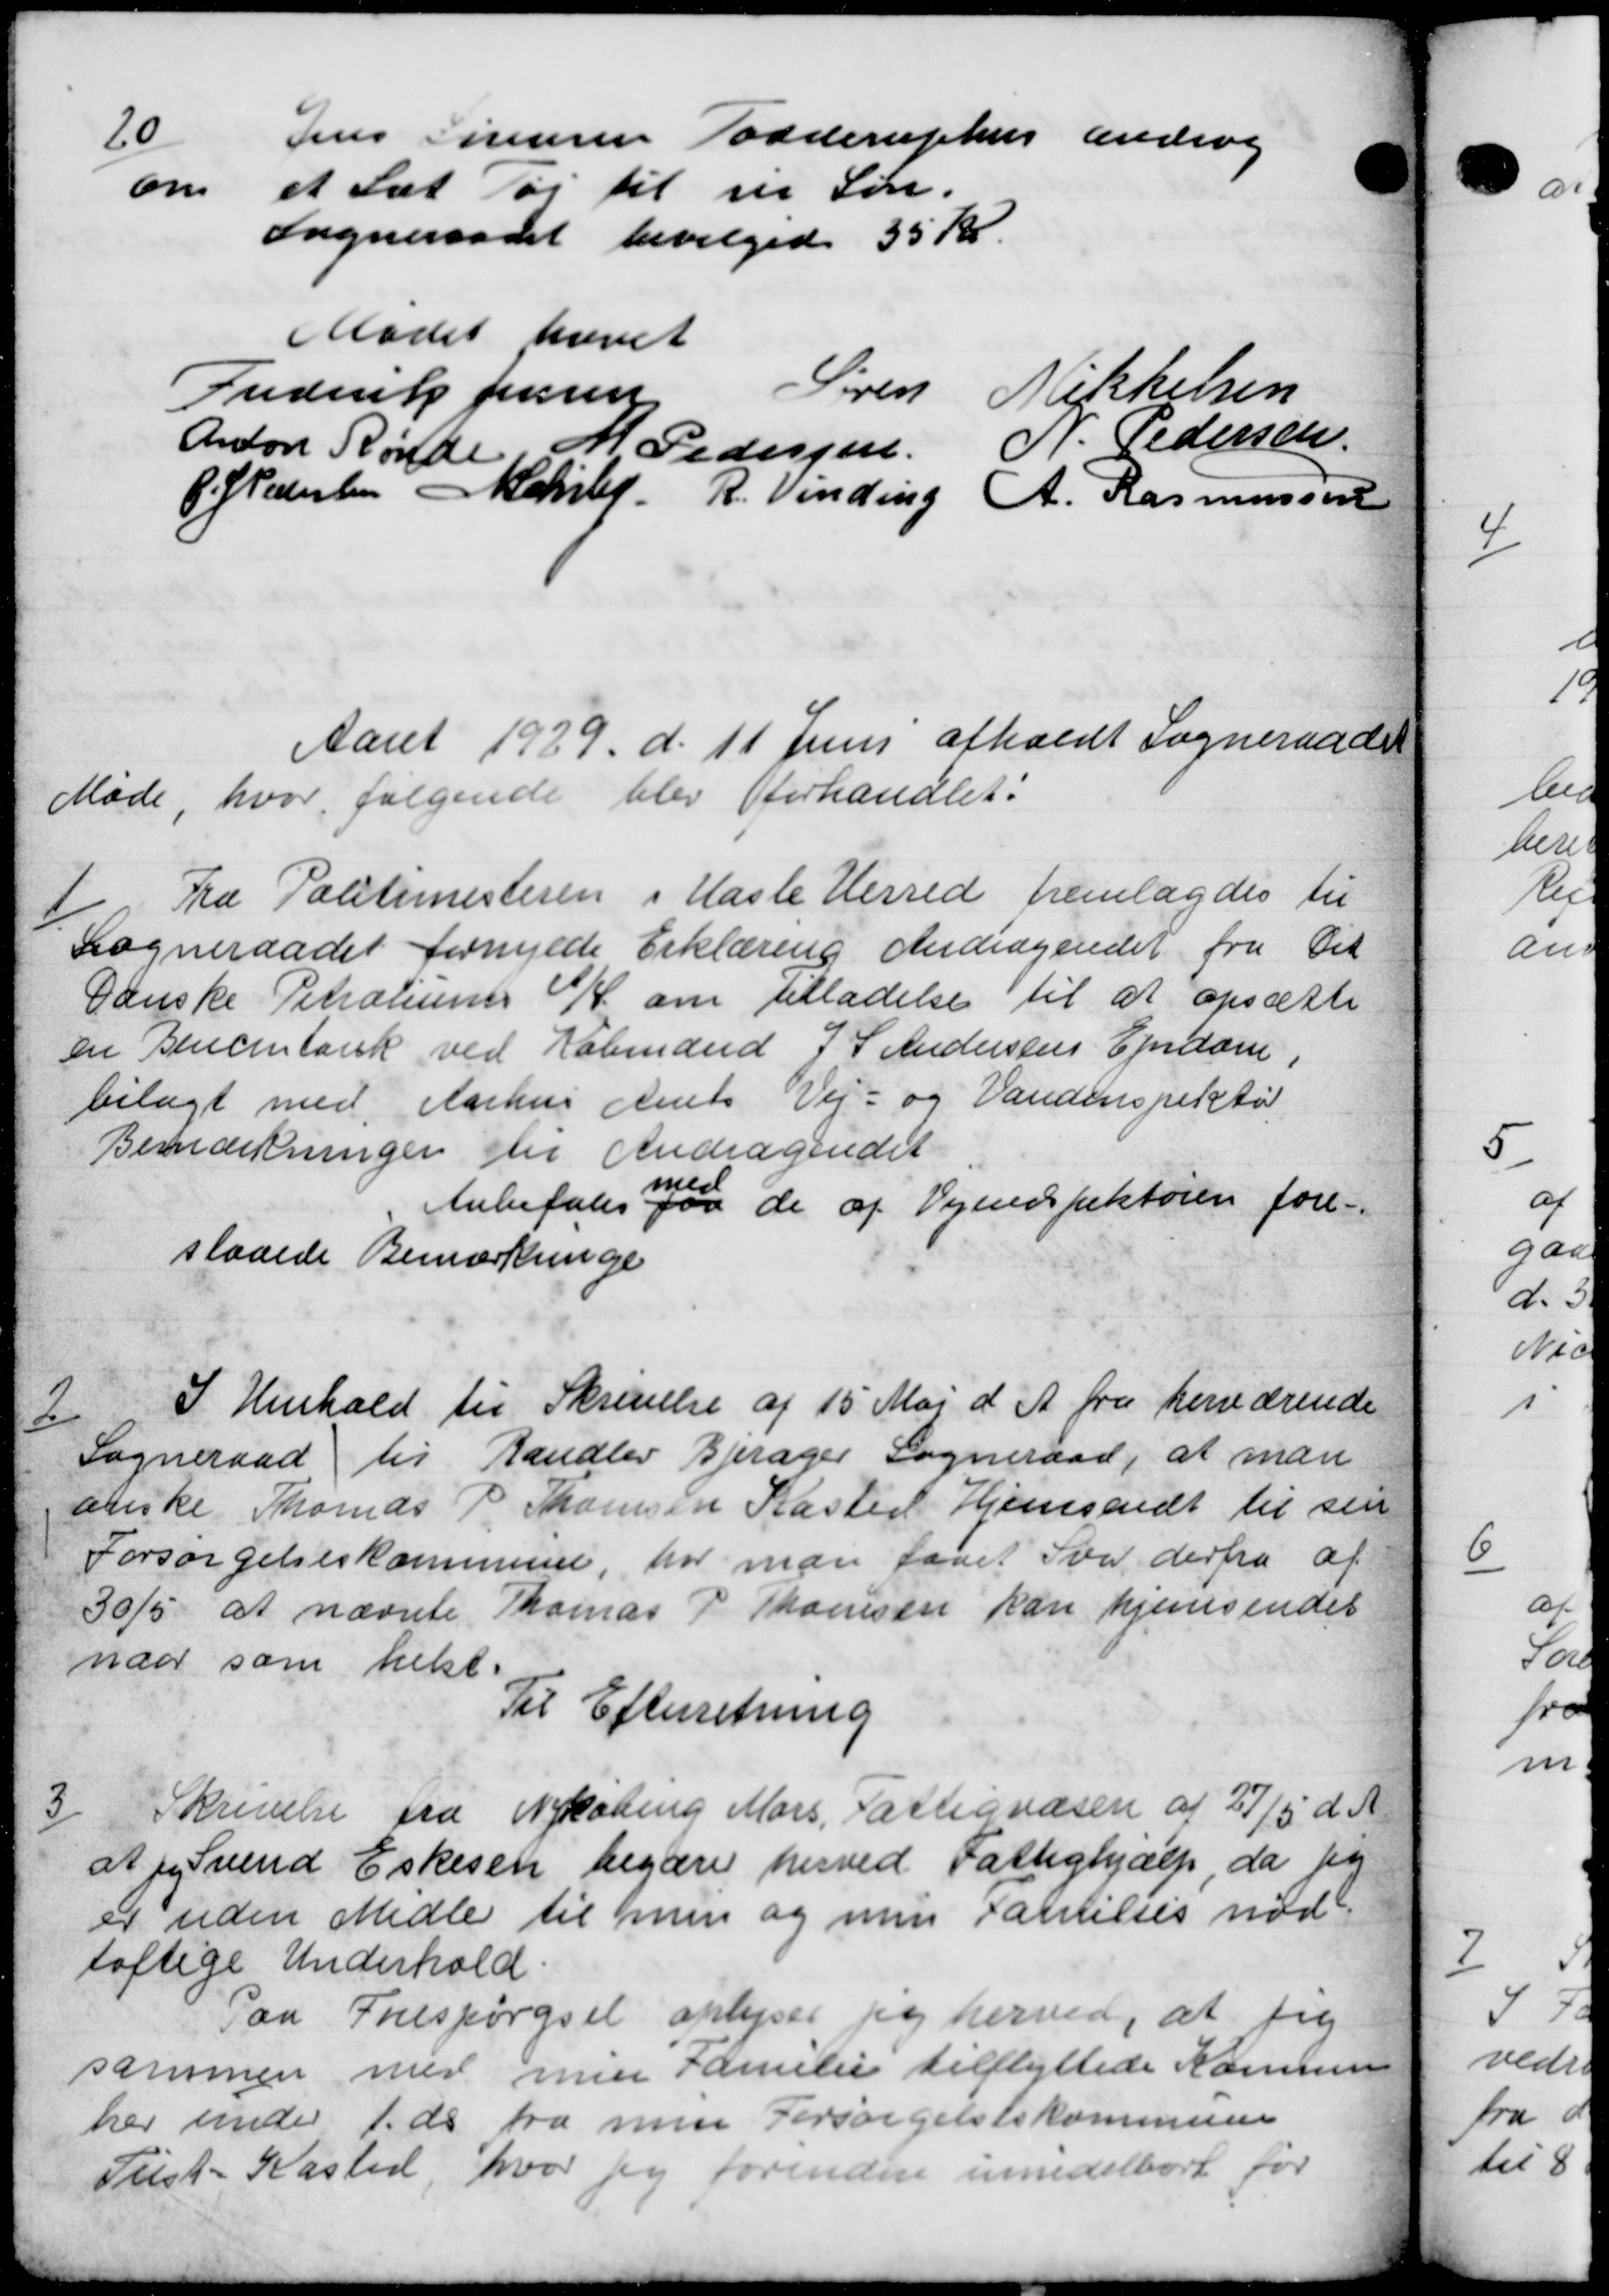
Transskription:
20
Jens Sørensen Todderuphus andrag
om et Sæt Tøj til sin Løn.
Sogneraadet bevilgede 35 Kr.
Mødet hævet
Frederik Jensen
Søren Mikkelsen
Anton Rønde, P. Pedersen
N. Pedersen
C. P Pedersen Mahrf R. Vinding A. Rasmussen
Aaret 1929 d. 11 Juni afholdt Sogneraadet
Møde, hvor følgende blev forhandlet:
1
Fra Politimesteren i Hasle Herred fremlagdes til
Sogneraadet fornyede Erklæring Andragendet fra Det
Danske Petraliums A/S om Tilladelse til at opsætte
en Bencintank ved Købmand J. S. Andersens Ejendom.
bilagt med Aarhus Amts Vej- og Vandinspektø
Bemærkninger til Andragendet
Anbefales paa de af Vejinspektøren fore-
med
Anbefales paa de af Vejinspektøren fore-
slaaede Bemærkninge
2
I Henhold til Skrivelse af 15 Maj d. A. fra herværende
Sogneraad til Randler Sprager Sogneraad, at man
anske Thomas P. Thomsen Kasted Hjemsendt til sin
Forsørgelseskommune, har man faaet Svar derfra af
30/5 at nævnte Thomas P. Thomsen kan hjemsendes
naar som helst.
Til Efterretning
3
krivelse fra Nykøbing Mars, Fattigvæsen af 27/5 d. A.
at og Svend Eskesen begære herved Fattighjælp da jeg
er uden Midle til men og men Pantilses nød
tøftige Underhold.
Paa Forespørgsel oplyser sig herved, at sig
sammen med min Familie tilflyttede Kommune
her under 1 ds fra min Forsørgelseskommunen
Trist-Kasted, hvor jeg forinden umidelbert for